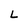
Character: L